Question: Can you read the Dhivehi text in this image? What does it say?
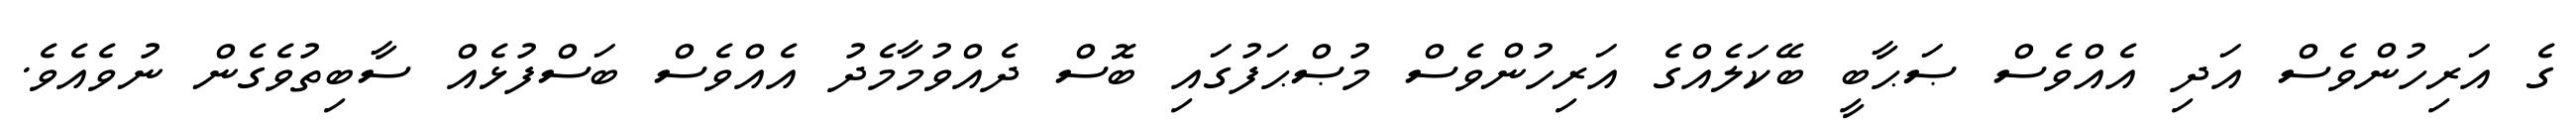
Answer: ގެ އަރިހުންވެސް އަދި އެއްވެސް ޞަޙާބީ ބޭކަލެއްގެ އަރިހުންވެސް މުޞްޙަފުގައި ބޮސް ދެއްވުމާމެދު އެއްވެސް ބަސްފުޅެއް ސާބިތުވެގެން ނުވެއެވެ.